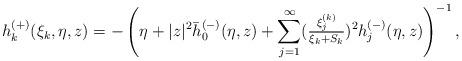
LaTeX: \begin{align*} h_k^{(+)}(\xi_k,\eta,z)= - \left(\eta + |z|^2 \bar h_0^{(-)}(\eta,z) + \sum_{j=1}^\infty (\tfrac{\xi^{(k)}_j}{\xi_k+S_k})^2h_j^{(-)}(\eta,z)\right)^{-1},\end{align*}